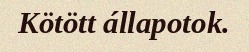
Kötött állapotok.